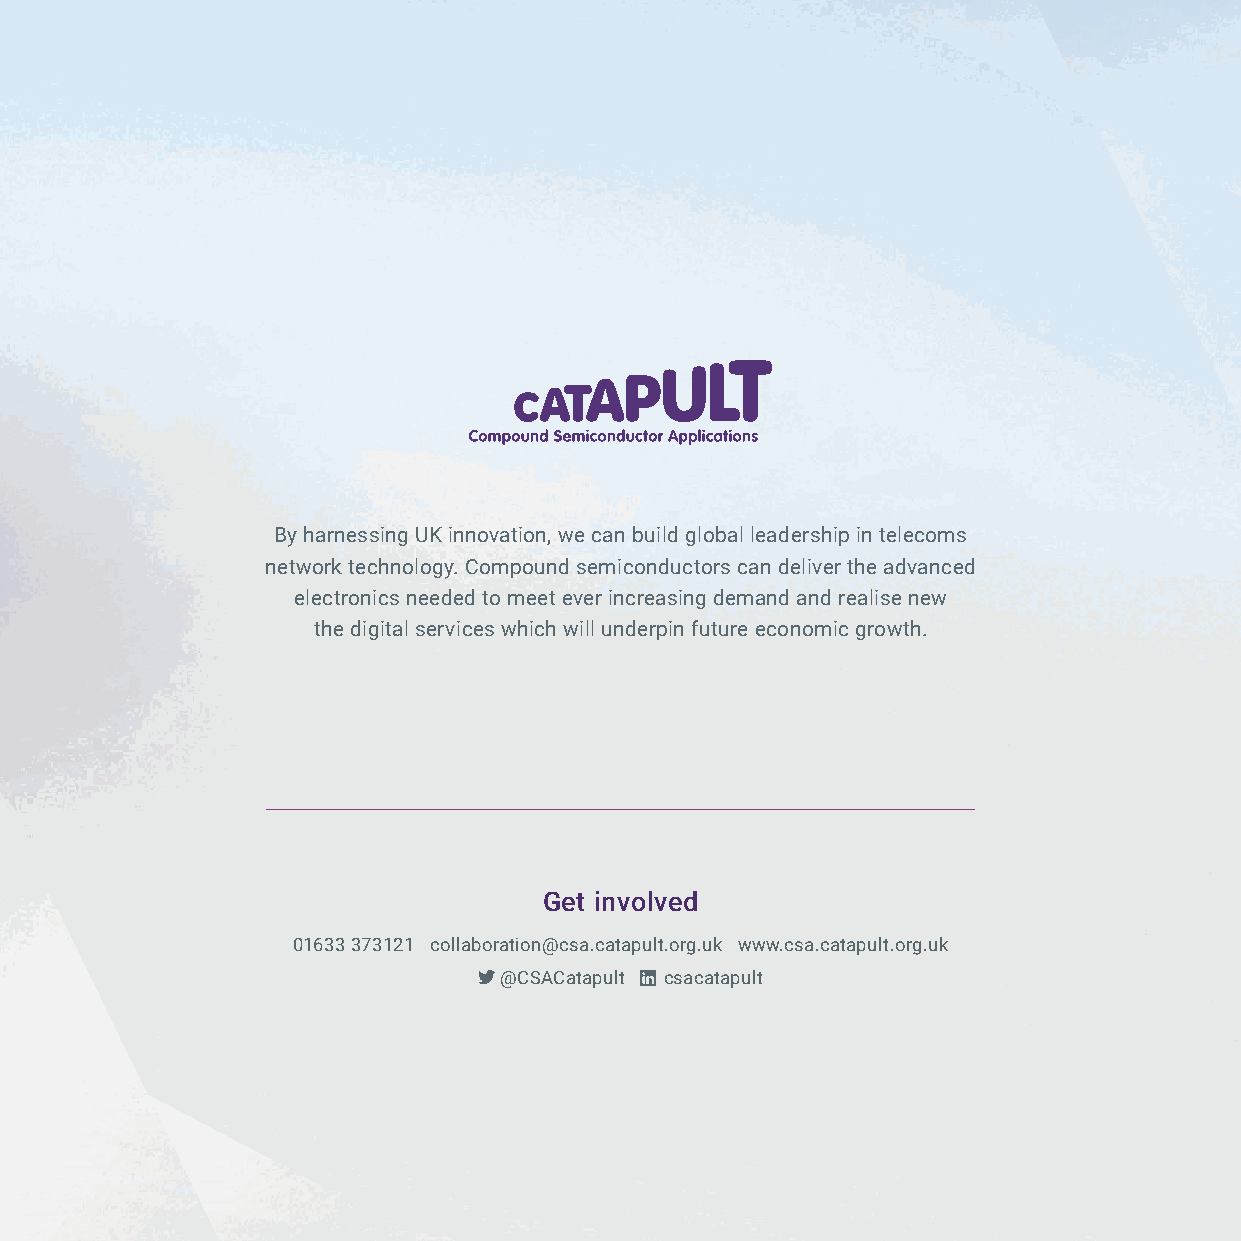
By harnessing UK innovation, we can build global leadership in telecoms
 network technology. Compound semiconductors can deliver the advanced
 electronics needed to meet ever increasing demand and realise new
 the digital services which will underpin future economic growth.
 Get involved
 01633 373121 collaboration@csa.catapult.org.uk www.csa.catapult.org.uk
 @CSACatapult csacatapult